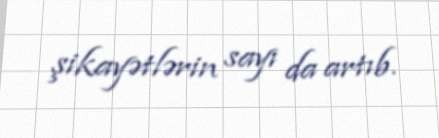
şikayətlərin sayı da artıb.